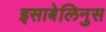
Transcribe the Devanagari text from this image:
इसाबेलिनुस